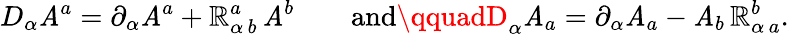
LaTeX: D_{\alpha}\mathit{A}^{a}=\partial_{\alpha}\mathit{A}^{a}+\mathbb{R}_{\alpha\, b}^{a}\, \mathit{A}^{b}\qquad\mathrm{{and}}\qquadD_{\alpha}\mathit{A}_{a}=\partial_{\alpha}\mathit{A}_{a}-\mathit{A}_{b}\, \mathbb{R}_{\alpha\, a}^{b}.